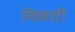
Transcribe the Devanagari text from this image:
निळशी